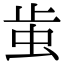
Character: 𧉘